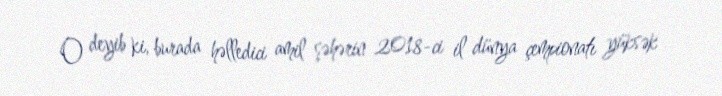
O deyib ki, burada həlledici amil şəhərin 2018-ci il dünya çempionatı yüksək